system: You are a helpful assistant.
user:
Analyze the provided spectrum to determine if it is a **M-type Giant (gM)**.

A M-type Giant spectrum is defined by its **strong molecular absorption** features, particularly from **Titanium Oxide (TiO)**. You must check for one of the following mutually exclusive signatures:

- **Key Visual Indicators (Absorption-Dominated Spectrum):**

    - **(Primary):** The spectrum is dominated by strong molecular absorption from **Titanium Oxide (TiO)**. This is the **defining feature** of its M-type temperature class.
        - **(Key Bandheads):** Look for sharp, "saw-tooth" absorption valleys. The strongest are located near **~7050 Å**, **~6160 Å**, and **~5170 Å**.
        - **(Line Profile):** The "saw-tooth" morphology is critical: a **sharp, steep drop on the BLUE (short-wavelength) side** of the bandhead, followed by a gradual recovery (rising flux) towards the RED (long-wavelength) side.

    - **(Key Confirmation - Giant vs. Dwarf):** **ABSENCE** of strong **Calcium Hydride (CaH)** molecular bands. This is the primary diagnostic for *excluding* M-dwarfs.
        - **(Key Region):** The spectrum should lack the strong, broad absorption band seen in dwarfs between **~6800 Å and ~7000 Å**.

    - **(Secondary Confirmation - Giant):** A very strong and broad **Neutral Calcium (Ca I)** atomic absorption line.
        - **(Key Line):** Located at **~4226 Å**. In a giant (gM), this line is significantly deeper and broader than the same line in an M-dwarf (dM) due to low surface gravity.

    - **(Overall Spectrum):**
        - The continuum is **extremely red-sloping** (i.e., flux is very low in the blue and rises dramatically towards the red).
        - The entire spectrum appears "chopped up" by the deep TiO bands.

Think first, call **spectral_visualization_tool** if needed to examine features in detail, then provide your final answer. Your response must adhere to the following strict rules:
1.  **Overall Structure:** Your response must follow the format `<think>...</think> <tool_call>...</tool_call> (if a tool is used) <answer>...</answer>`.
2.  **Tool Usage Constraint:** You may only make **one** tool call per turn.
3.  **Final Answer Format:** In the `<answer>` tag, your conclusion must be inside a `\boxed{}` command (e.g., `\boxed{YES}` or `\boxed{NO}`), followed by your justification.

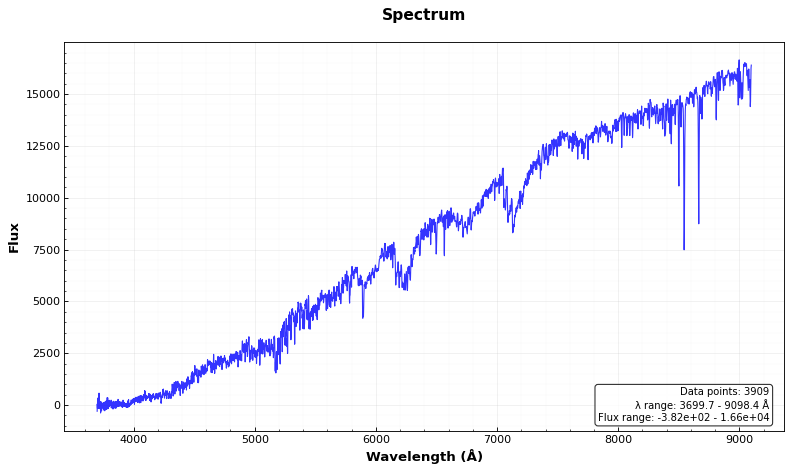
Answer: YES